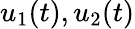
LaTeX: u_{1}(t),u_{2}(t)